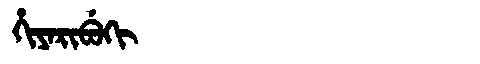
Manchu: ᡥᡳᠶᠠᡵᡳᠪᡠᡴᡳ
Romanization: HIYARIBUKI